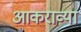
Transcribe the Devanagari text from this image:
आकराव्या